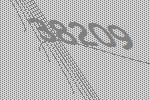
38209